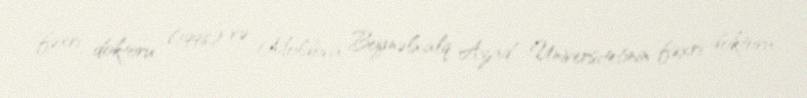
fəxri doktoru (1996) və Moldova Beynəlxalq Azad Universitetinin fəxri doktoru